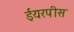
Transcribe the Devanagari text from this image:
ईयरपीस